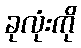
ခုလုံးကို